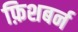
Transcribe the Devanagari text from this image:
फ़िशबर्न